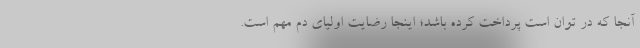
آنجا که در توان است پرداخت کرده باشد؛ اینجا رضایت اولیای دم مهم است.